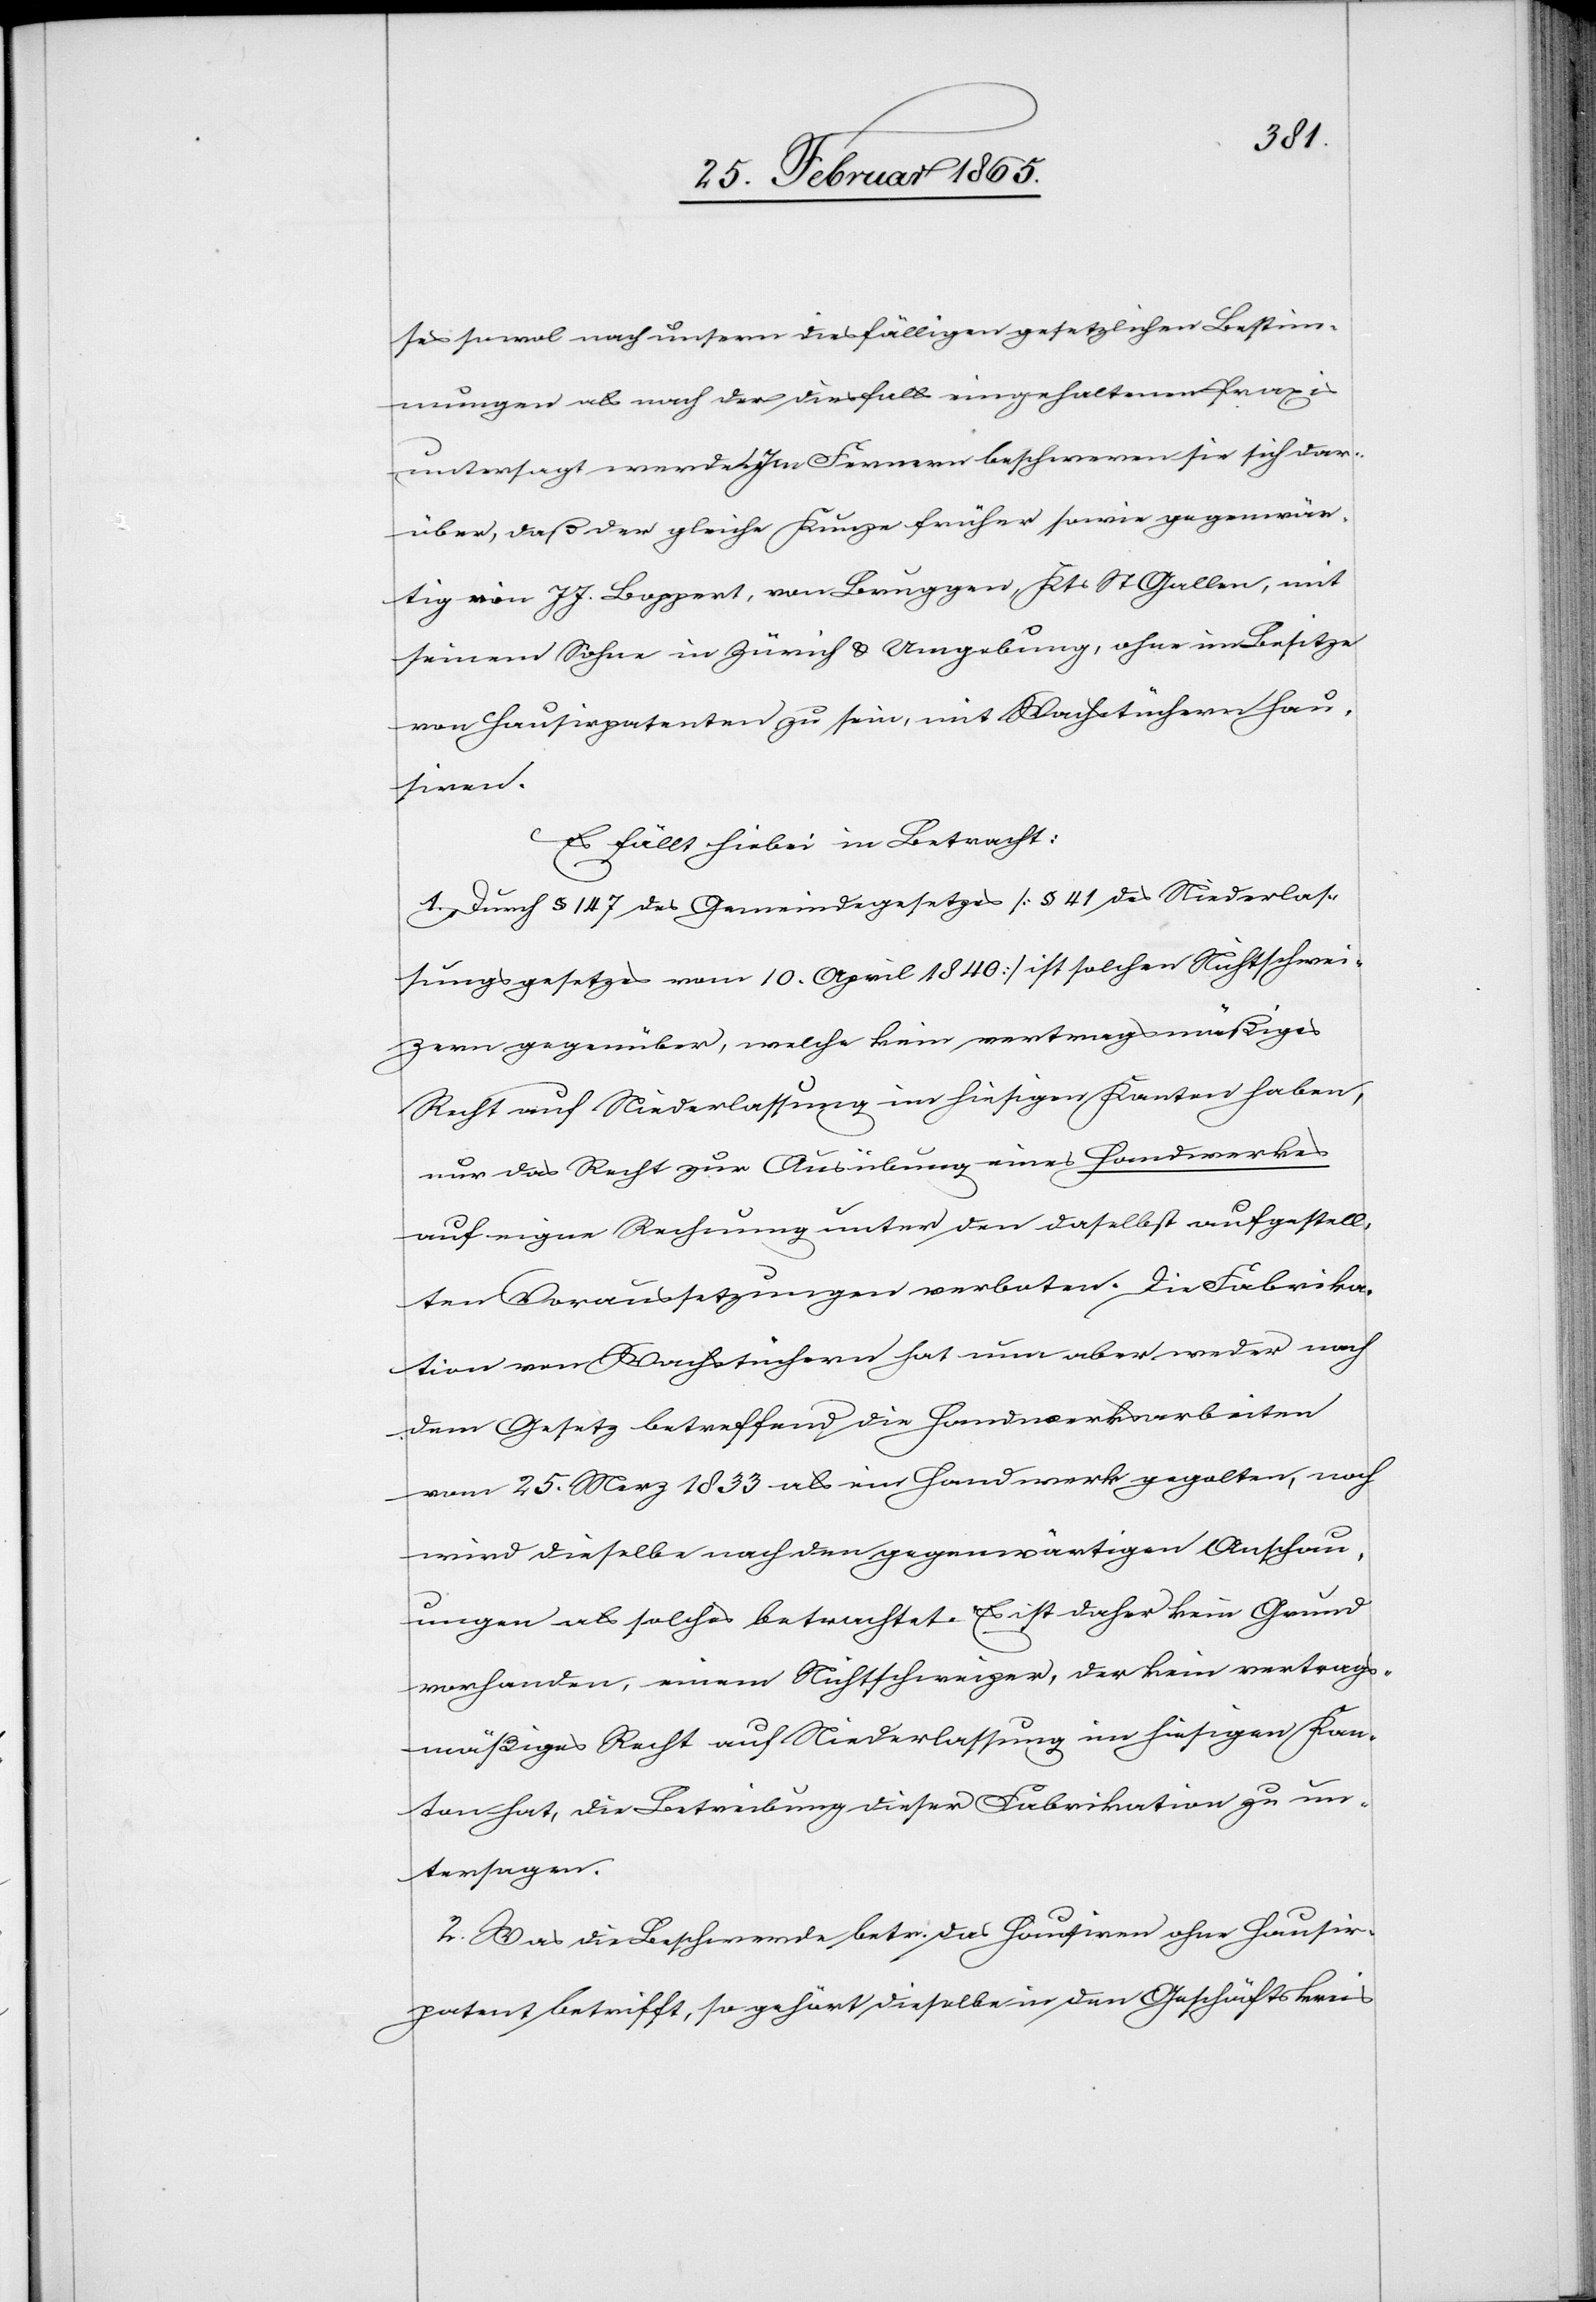
ses sowol nach unsern diesfälligen gesetzlichen Bestim¬
mungen als nach der diesfalls eingehaltenen Praxis
untersagt werde. Im Fernern beschweren sie sich dar¬
über, daß der gleiche Kunze früher sowie gegenwär¬
tig von J J. Boppert, von Bruggen, Kts St Gallen, mit
seinem Sohne in Zürich & Umgebung, ohne im Besitze
von Hausirpatenten zu sein, mit Wachstüchern hau¬
siren.
Es fällt hiebei in Betracht:
1. Durch § 147 des Gemeindegesetzes [§ 41 des Niederlas¬
sungsgesetzes vom 10. April 1840] ist solchen Nichtschwei¬
zern gegenüber, welche kein vertragsmäßiges
Recht auf Niederlassung im hiesigen Kanton haben,
nur das Recht zur Ausübung eines Handwerkes
auf eigene Rechnung unter den daselbst aufgestell¬
ten Voraussetzungen verboten. Die Fabrika¬
tion von Wachstüchern hat nun aber weder nach
dem Gesetz betreffend die Handwerksarbeiten
vom 25. Merz 1833 als ein Handwerk gegolten, noch
wird dieselbe nach den gegenwärtigen Anschau¬
ungen als solches betrachtet. Es ist daher kein Grund
vorhanden, einem Nichtschweizer, der kein vertrags¬
mäßiges Recht auf Niederlassung im hiesigen Kan¬
ton hat, die Betreibung dieser Fabrikation zu un¬
tersagen.
2. Was die Beschwerde betr. das Hausiren ohne Hausir¬
patent betrifft, so gehört dieselbe in den Geschäftskreis